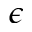
\epsilon